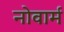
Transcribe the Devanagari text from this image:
नोवार्म